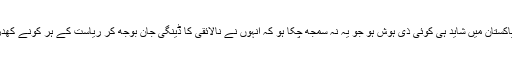
مگر اب ایک سال بعد پاکستان میں شاید ہی کوئی ذی ہوش ہو جو یہ نہ سمجھ چکا ہو کہ انہوں نے نالائقی کا ڈینگی جان بوجھ کر ریاست کے ہر کونے کھدرے میں چھوڑ دیا ہے۔